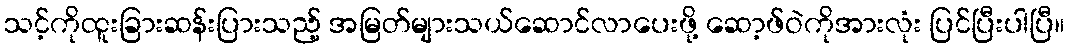
သင့်ကိုထူးခြားဆန်းပြားသည့် အမြတ်များသယ်ဆောင်လာပေးဖို့ ဆော့ဖ်ဝဲကိုအားလုံး ပြင်ပြီးပါပြီ။